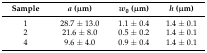
<table><thead><tr><td><b>Sample</b></td><td><b><i>a</i> (μm)</b></td><td><b><i>w</i><sub>0</sub> (μm)</b></td><td><b><i>h</i> (μm)</b></td></tr></thead><tbody><tr><td>1</td><td>28.7 ± 13.0</td><td>1.1 ± 0.4</td><td>1.4 ± 0.1</td></tr><tr><td>2</td><td>21.6 ± 8.0</td><td>0.5 ± 0.2</td><td>1.4 ± 0.1</td></tr><tr><td>4</td><td>9.6 ± 4.0</td><td>0.9 ± 0.4</td><td>1.4 ± 0.1</td></tr></tbody></table>